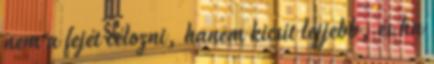
nem a fejét célozni, hanem kicsit lejjebb, és ha